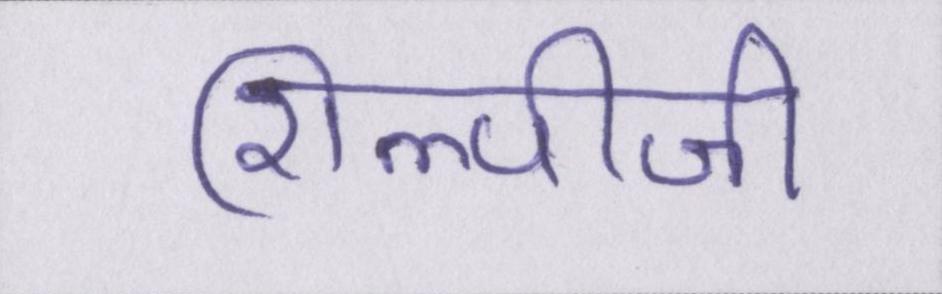
शिल्पीजी